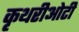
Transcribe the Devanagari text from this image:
कृथरीओटी